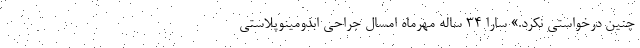
چنین درخواستی نکرد.» سارا ۳۴ ساله مهرماه امسال جراحی ابدومینوپلاستی